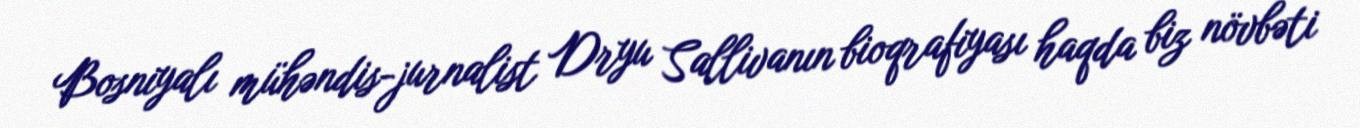
Bosniyalı mühəndis-jurnalist Dryu Sallivanın bioqrafiyası haqda biz növbəti